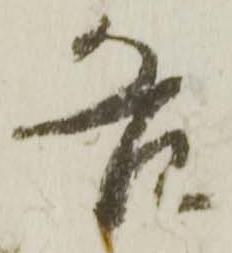
各